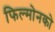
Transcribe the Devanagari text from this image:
फिल्मोनको